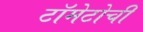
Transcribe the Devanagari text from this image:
टॉमेटोची